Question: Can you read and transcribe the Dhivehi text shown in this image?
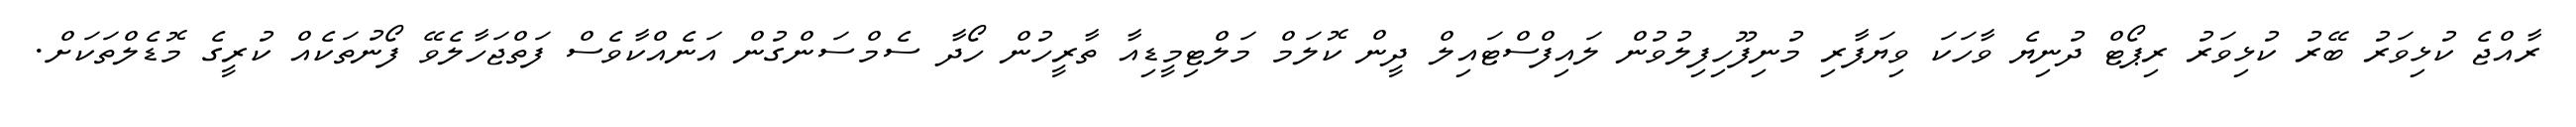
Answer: ރާއްޖެ ކުޅިވަރު ބޭރު ކުޅިވަރު ރިޕޯޓް ދުނިޔެ ވާހަކަ ވިޔަފާރި މުނިފޫހިފިލުވުން ލައިފްސްޓައިލް ދީން ކޮލަމް މަލްޓިމީޑިއާ ތާރީހުން ހޯދާ ސެމްސަންގުން އަނެއްކާވެސް ފަތްޖަހާލެވޭ ފޯނުތަކެއް ކުރީގެ މޮޑެލްތަކަށް.